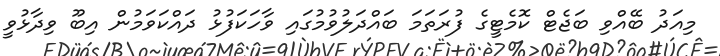
މިއަދު ބޭއްވި ބަޖެޓް ކޮމެޓީގެ ފުރަތަމަ ބައްދަލުވުމުގައި ވާހަކަފުޅު ދައްކަވަމުން އިބޫ ވިދާޅުވީ